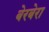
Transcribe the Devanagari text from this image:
बेरबेरा